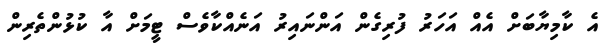
އެ ކާމިޔާބަށް އެއް އަހަރު ފުރިގެން އަންނައިރު އަނެއްކާވެސް ޓީމަށް އާ ކުޅުންތެރިން